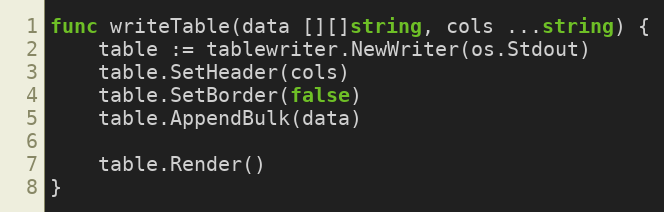
Language: Go
func writeTable(data [][]string, cols ...string) {
	table := tablewriter.NewWriter(os.Stdout)
	table.SetHeader(cols)
	table.SetBorder(false)
	table.AppendBulk(data)

	table.Render()
}